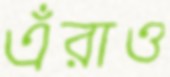
এঁরাও